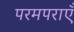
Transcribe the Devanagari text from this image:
परमपराएँ